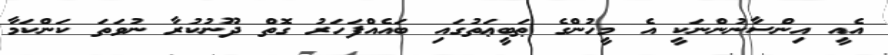
އެއީ އިންސާނުންނަކީ އެ މީހުންގެ ޠަބީޢަތުގައި ބައެއްފަހަރު ގޮތް ދޫނުކުރާ ނުވަތަ ކަންކަމާ